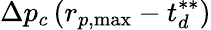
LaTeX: \Delta p_{c}\left(r_{p,\mathrm{{max}}}-t_{d}^{**}\right)